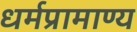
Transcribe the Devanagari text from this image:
धर्मप्रामाण्य